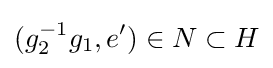
(g_{2}^{-1}g_{1},e')\in N\subset H